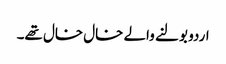
اردو بولنے والے خال خال تھے۔